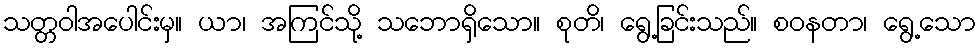
သတ္တဝါအပေါင်းမှ။ ယာ၊ အကြင်သို့ သဘောရှိသော။ စုတိ၊ ရွေ့ခြင်းသည်။ စဝနတာ၊ ရွေ့သော